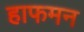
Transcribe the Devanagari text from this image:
हाफमन